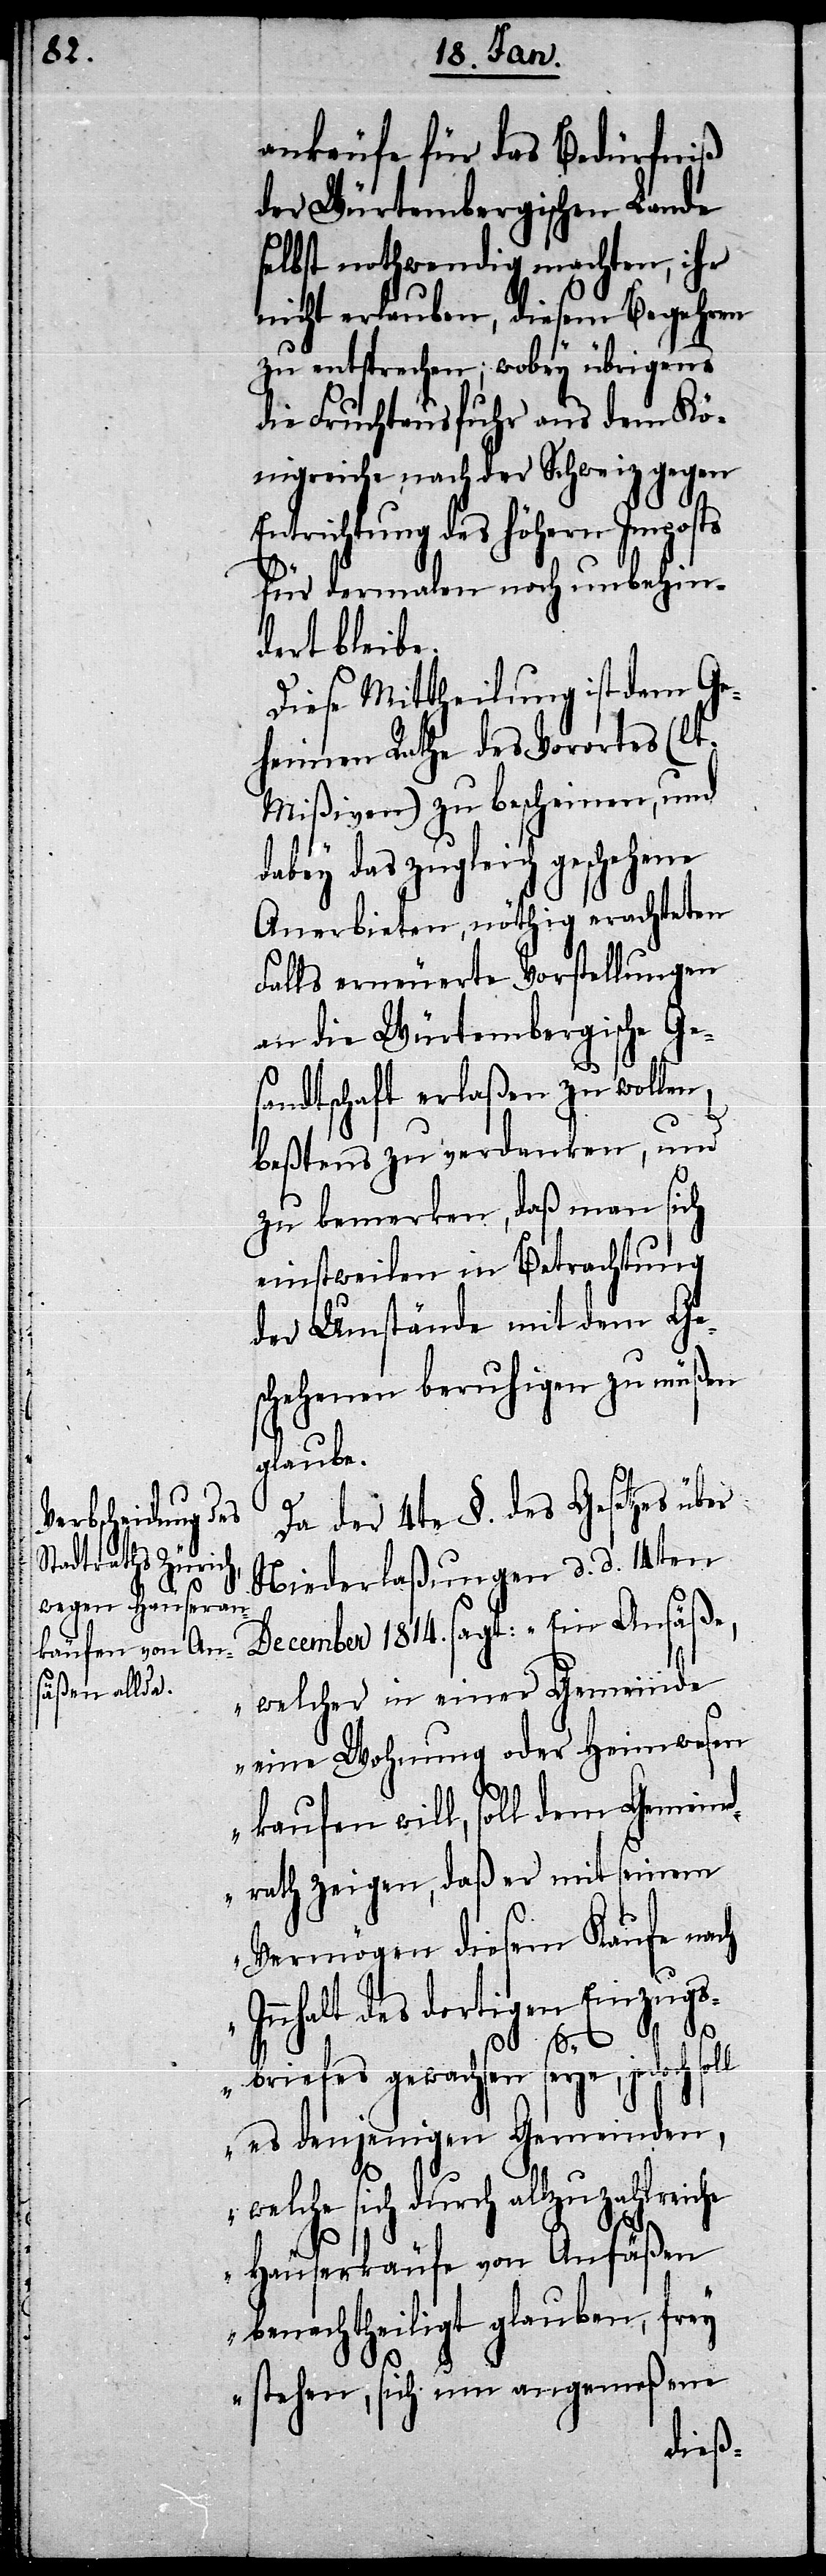
ankäufe für das Bedürfniß
der Würtembergischen Lande
selbst nothwendig machten, ihr
nicht erlauben, diesem Begehren
zu entsprechen; wobey übrigens
die Fruchtausfuhr aus dem Kö¬
nigreiche nach der Schweiz gegen
Entrichtung des höhern Imposts
für dermalen noch unbehin¬
dert bleibe.
Diese Mittheilung ist dem Ge¬
heimen Rathe des Vorortes (lt.
Mißiven) zu bescheinen, und
dabey das zugleich geschehene
Anerbieten, nöthig erachteten
Falls erneuerte Vorstellungen
an die Würtembergische Ge¬
sandtschaft erlaßen zu wollen,
beßtens zu verdanken, und
zu bemerken, daß man sich
einstweilen in Betrachtung
der Umstände mit dem Ge¬
schehenen beruhigen zu müßen
glaube.
Da der 4te §. des Gesetzes über
Niederlaßungen d. d. 14ten
December 1814. sagt: „Ein Ansäße,
welcher in einer Gemeinde
eine Wohnung oder Heimwesen
kaufen will, soll dem Gemeind¬
rath zeigen, daß er mit seinem
Vermögen diesem Kaufe nach
Inhalt des dortigen Einzugs¬
briefes gewachsen seye, jedoch soll
es denjenigen Gemeinden,
welche sich durch allzu zahlreiche
Häuserkäufe von Ansäßen
benachtheiligt glauben, frey
stehen, sich um angemeßene